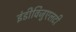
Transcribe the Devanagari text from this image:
इंडीविजुएलटी